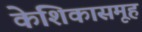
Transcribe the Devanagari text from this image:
केशिकासमूह